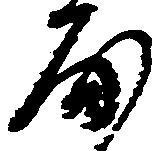
房